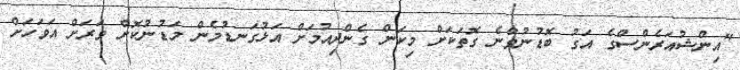
"އިންޝުއަރެންސްގެ އަގު ބޮޑުނުވާނެ ގޮތަކަށް މިކަން ގެންދިއުމަށް އަޅުގަނޑުމެން މަޑުނުކޮށް ވަރަށް އަވަހަށް